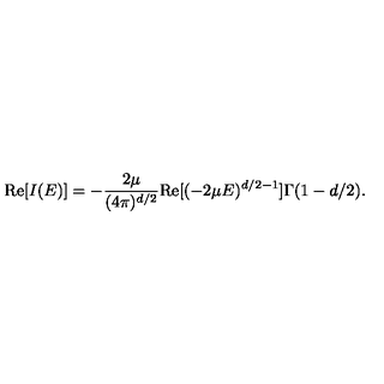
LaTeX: \mathrm { R e } [ I ( E ) ] = - \frac { 2 \mu } { ( 4 \pi ) ^ { d / 2 } } \mathrm { R e } [ ( - 2 \mu E ) ^ { d / 2 - 1 } ] \Gamma ( 1 - d / 2 ) .